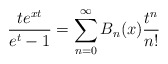
\begin{align*} \frac{te^{xt}}{e^t-1}=\sum_{n=0}^{\infty}B_n(x)\frac{t^n}{n!} \end{align*}